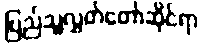
ပြည်သူ့လွှတ်တော်ဆိုင်ရာ